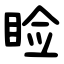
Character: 睑